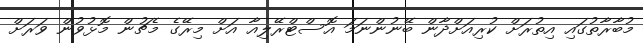
މުބާރާތުގައި އިތުރަށް ކުރިއަށްދާން ބޭނުންނަމަ އޮސްޓްރޭލިއާ އަށް މިރޭގެ މެޗުން މޮޅުވުން ވަރަށް